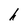
Character: h